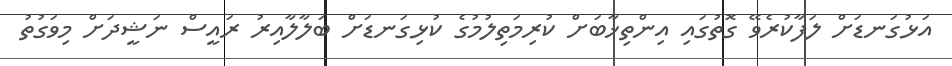
އަޅުގަނޑަށް ލަފާކުރެވޭ ގޮތުގައި އިންތިޚާބަށް ކުރިމަތިލުމުގެ ކުޅިގަނޑަށް ބަލާލާއިރު ރައީސް ނަޝީދަށް މިވަގުތު